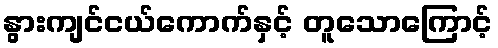
နွားကျင်ငယ်ကောက်နှင့် တူသောကြောင့်